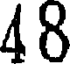
48